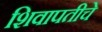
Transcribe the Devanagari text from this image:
शिवापतीचे